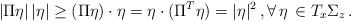
LaTeX: \begin{align*} |\Pi \eta|\,|\eta| \ge (\Pi\eta)\cdot \eta = \eta\cdot (\Pi^T\eta) = |\eta|^2\,, \forall\,\eta\, \in T_x\Sigma_z\,.\end{align*}